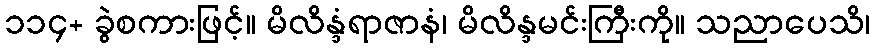
၁၁၄+ ခွဲစကားဖြင့်။ မိလိန္ဒံရာဇာနံ၊ မိလိန္ဒမင်းကြီးကို။ သညာပေသိ၊